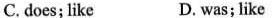
C. does; like D. was;like